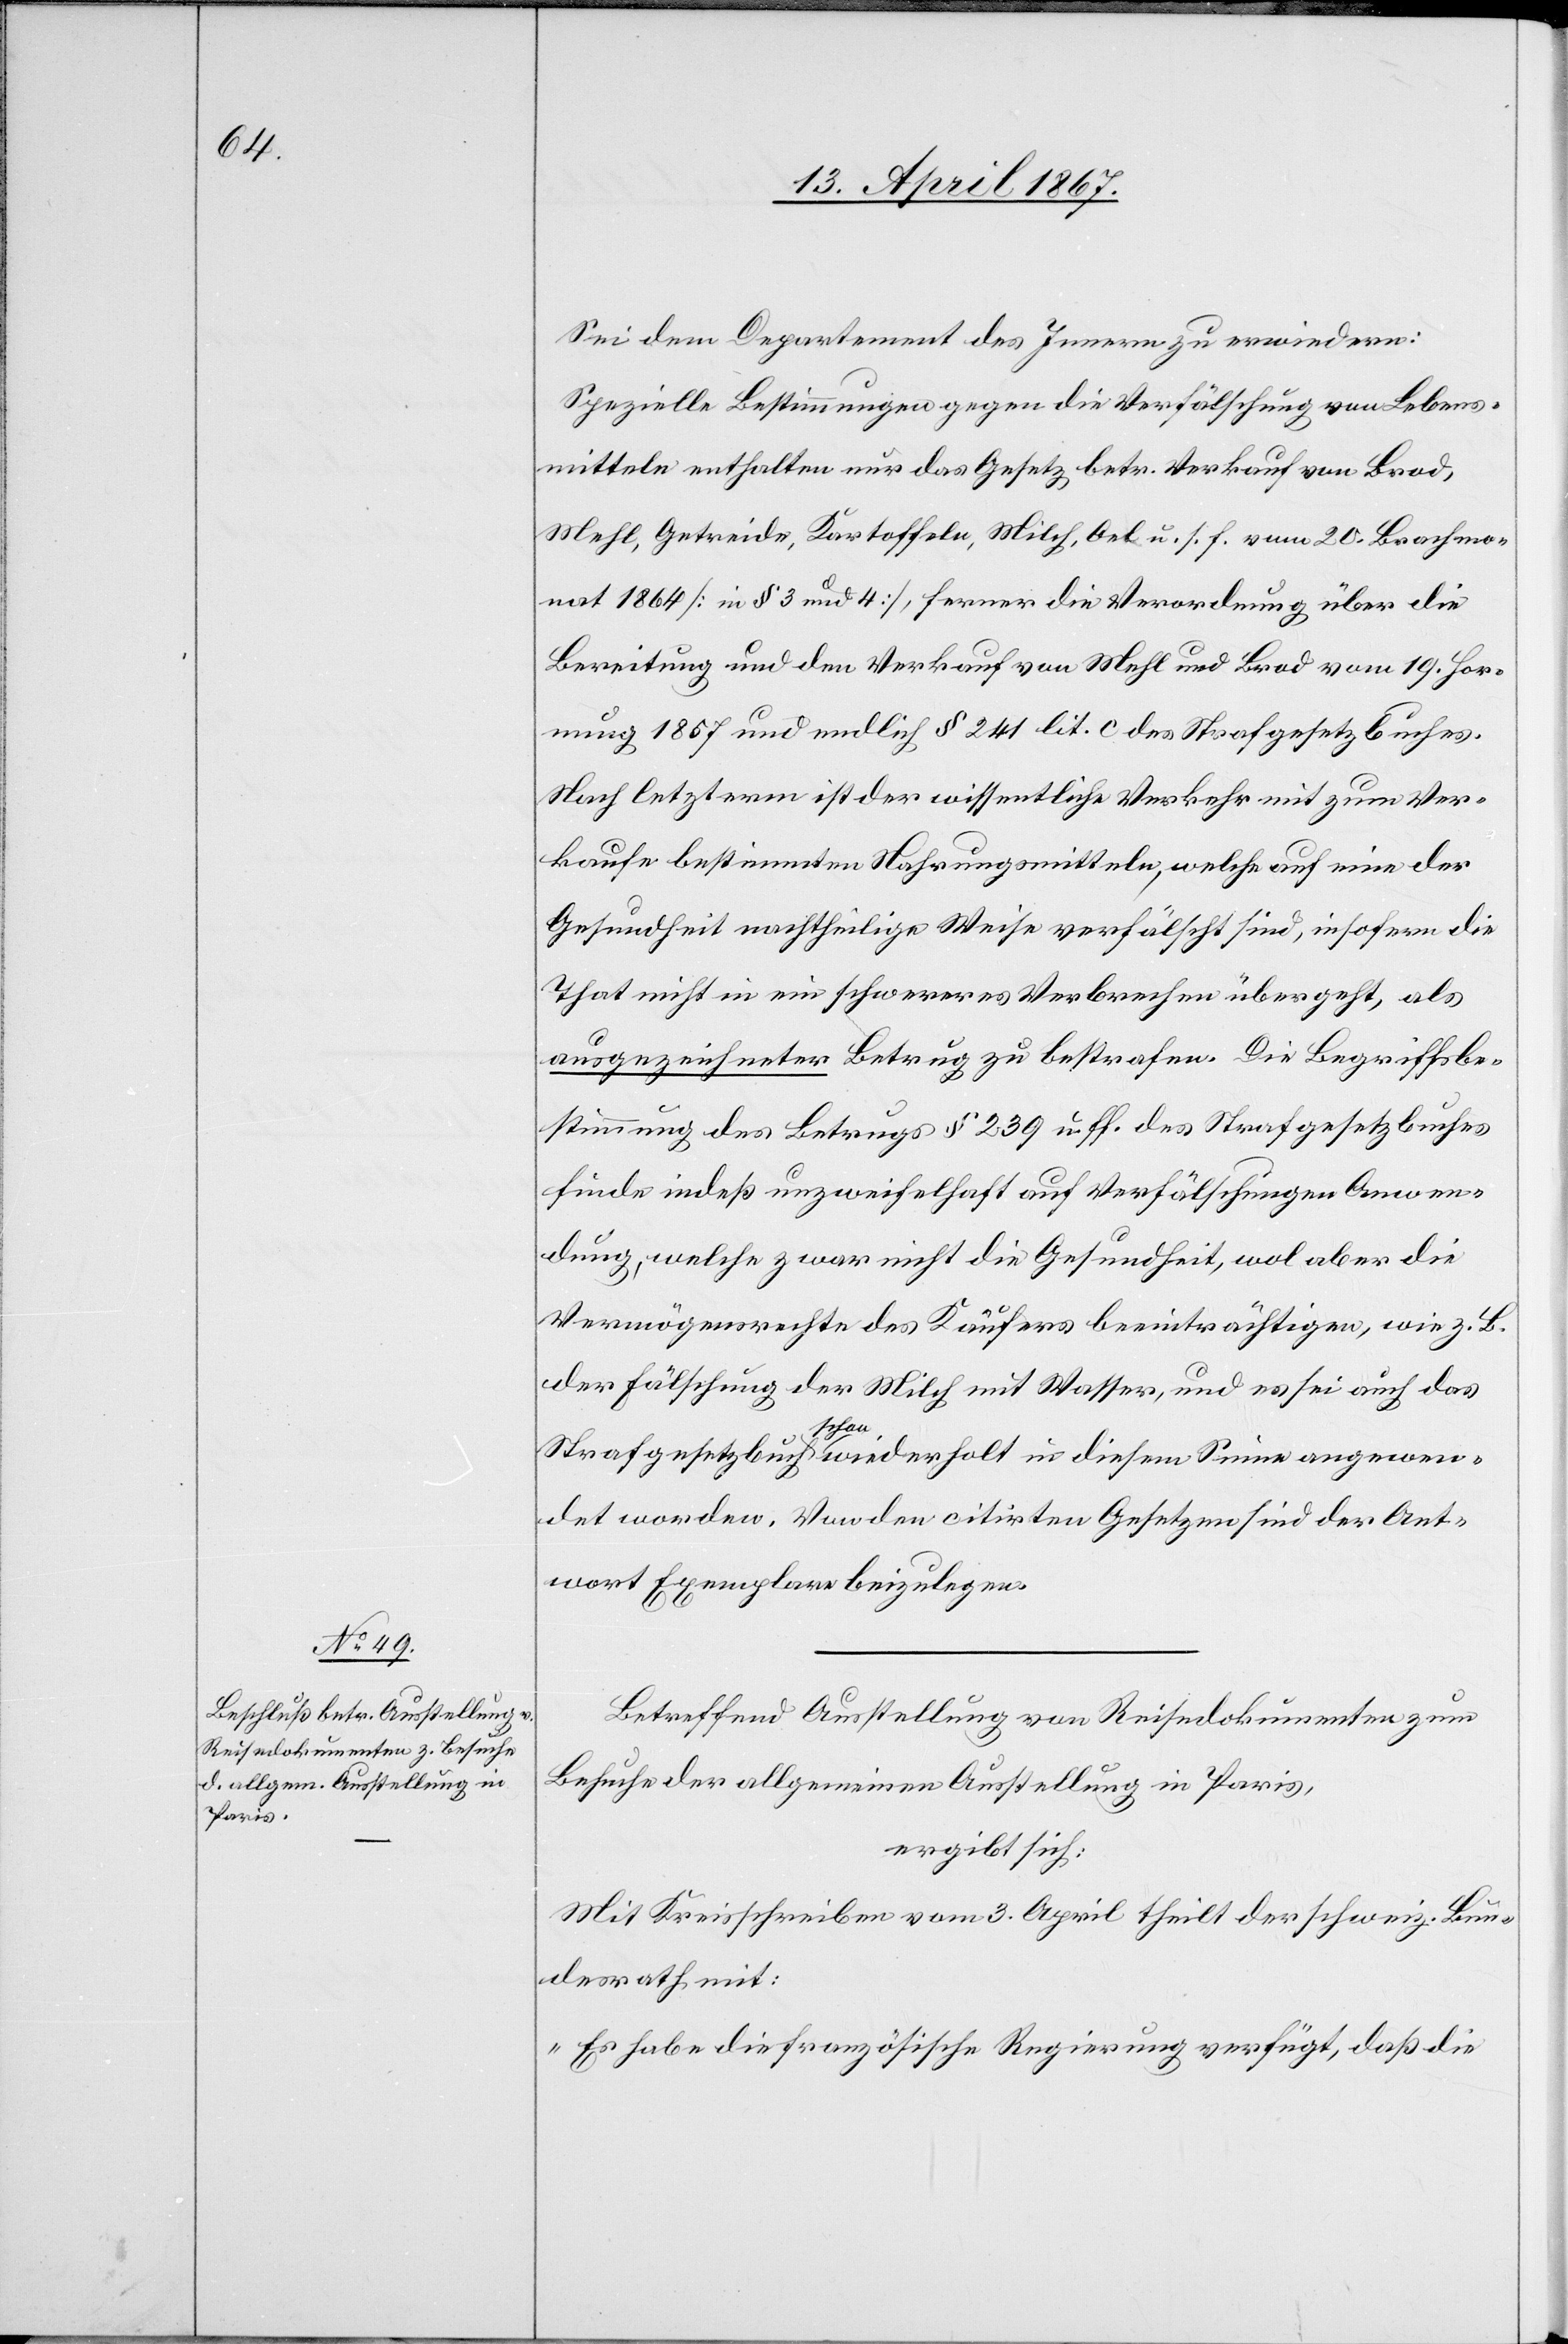
Sei dem Departement des Innern zu erwiedern:
Spezielle Bestimmungen gegen die Verfälschung von Lebens¬
mitteln enthalten nur das Gesetz betr. Verkauf von Brod,
Mehl, Getreide, Kartoffeln, Milch, Oel u. s. f. vom 20. Brachmo¬
nat 1864 [in § 3 und 4], ferner die Verordnung über die
Bereitung und den Verkauf von Mehl und Brod vom 19. Hor¬
nung 1857 und endlich § 241 lit. c des Strafgesetzbuches.
Nach letzterm ist der wissentliche Verkehr mit zum Ver¬
kaufe bestimmten Nahrungsmitteln, welche auf eine der
Gesundheit nachtheilige Weise verfälscht sind, insofern die
That nicht in ein schwereres Verbrechen übergeht, als
ausgezeichneter Betrug zu bestrafen. Die Begriffsbe¬
stimmung des Betrugs § 239 u. ff. des Strafgesetzbuches
finde indeß unzweifelhaft auf Verfälschungen Anwen¬
dung, welche zwar nicht die Gesundheit, wol aber die
Vermögensrechte des Käufers beeinträchtigen, wie z. B.
der Fälschung der Milch mit Wasser, und es sei auch das
Strafgesetzbuch schon wiederholt in diesem Sinne angewen¬
det worden. Von den citirten Gesetzen sind der Ant¬
wort Exemplare beizulegen.
Betreffend Ausstellung von Reisedokumenten zum
Besuche der allgemeinen Ausstellung in Paris,
ergibt sich:
Mit Kreisschreiben vom 3. April theilt der schweiz. Bun¬
desrath mit:
„Es habe die französische Regierung verfügt, daß die